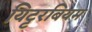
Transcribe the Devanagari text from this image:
यिट्टरबियम